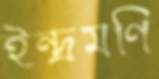
ইন্দ্রমণি